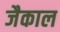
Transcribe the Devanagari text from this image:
जैकाल